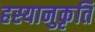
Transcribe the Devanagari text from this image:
हस्यानुकृति